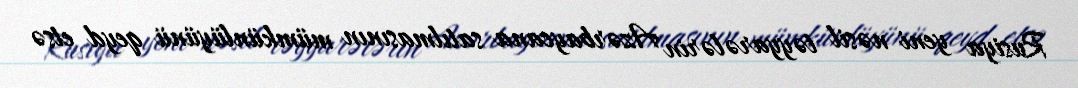
Rusiya yeni nəsil təyyarələrin Azərbaycana satılmasının mümkünlüyünü qeyd etsə